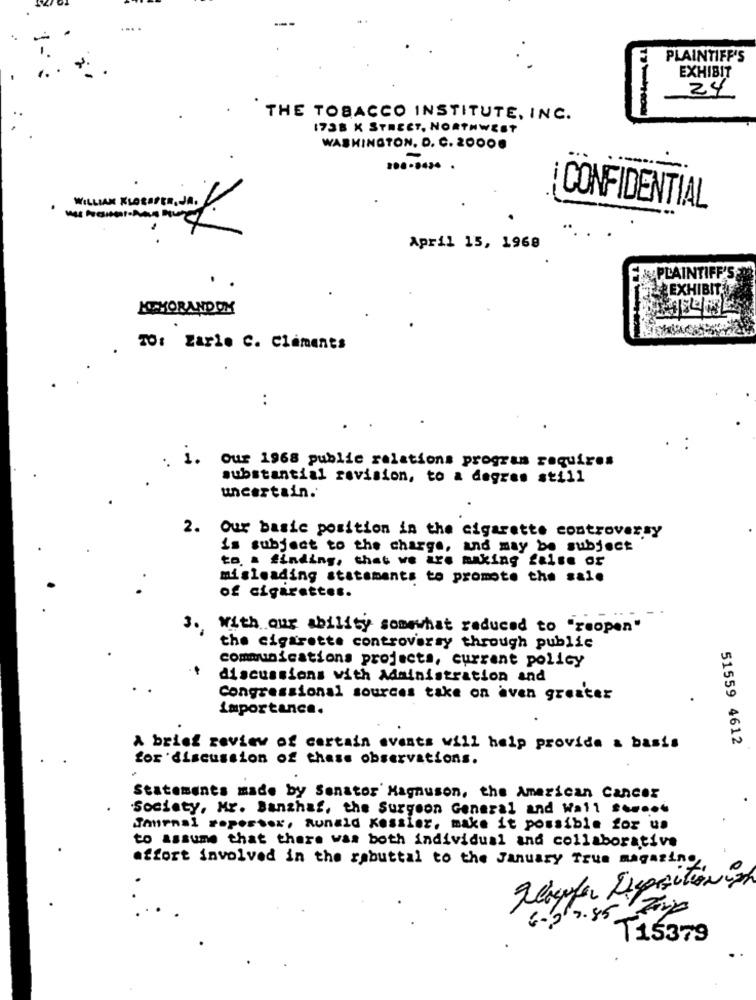
PLAINTIFF'S
EXHIBIT
24
THE TOBACCO INSTITUTE, INC.
1738 K STREET, NORTHWEST
WASHINGTON, D. C. 20000
-
........ .
CONFIDENTIAL
WILLIAM KLORODER, JA.
..
April 15, 1968
PLAINTIFF'S
EXHIBIT
KIMORANDOK
TO: Zarle C. Clements
..
Our 1968 public relations program requires
substantial revision, to a degres still
uncertain.
2. Our basic position in the cigarette controversy
is subject to the charge, and may be subject
to a finding, that we irs making false or
misleading statements to promote the sale
of cigarettes.
3. with our ability somewhat reduced to "reopen"
the cigarette controversy through public
communications projects, currant policy
discussions with Administration and
Congressional sources take on aven greater
Importance.
A brief review of certain events will help provide a basis
51559 4612
for discussion of chase observations.
Statements made by Senator' Magnuson, the American Cancer
Society, Mr. Sanzhat, the Surgeon General and Wall street
Jemenal Foporter, Runald Kessler, make it possible for ua
to assume that there was both individual and collaborative
affort involved in the rebuttal to the January True magazine
6.0 0.85 Firm
T15379